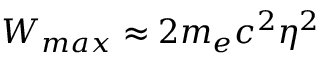
W _ { m a x } \approx 2 m _ { e } c ^ { 2 } \eta ^ { 2 }